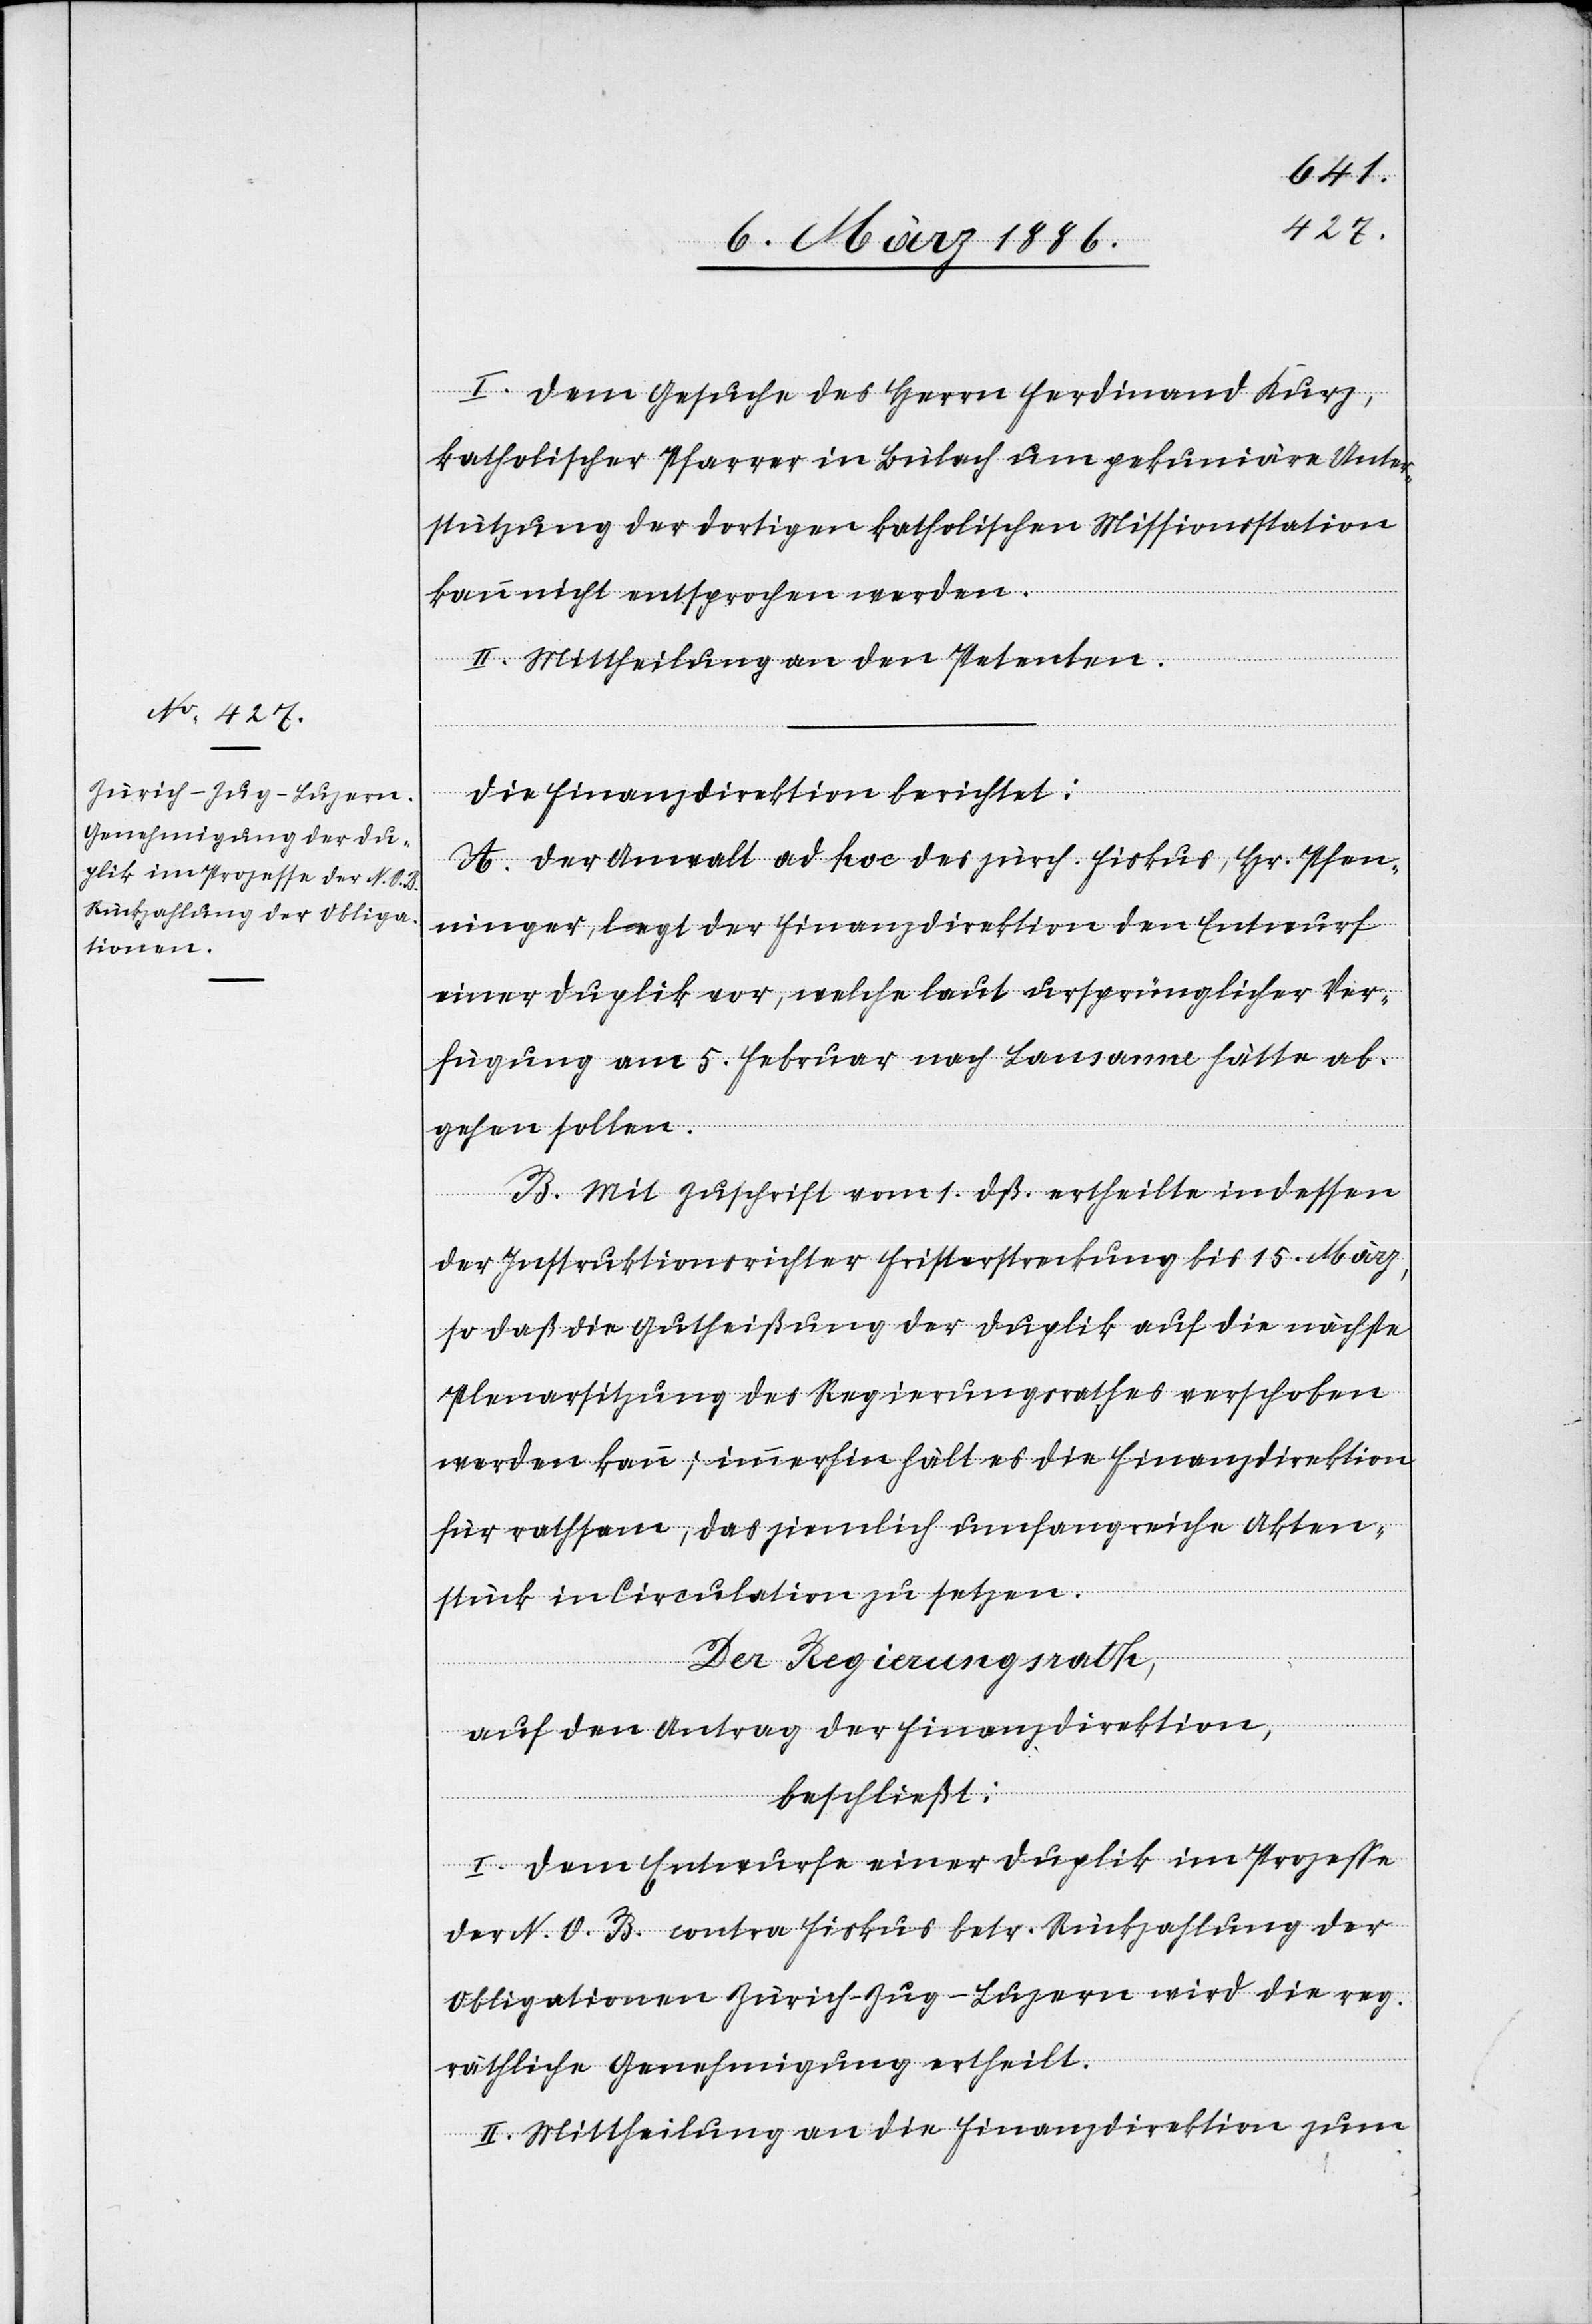
I. Dem Gesuche des Herrn Ferdinand Kurz,
katholischer Pfarrer in Bülach um pekuniäre Unter¬
stützung der dortigen Missionsstation kann nicht entsprochen
II. Mittheilung an den Petenten.
Die Finanzdirektion berichtet:
A. Der Anwalt ad hoc des zürch. Fiskus, Hr. Pfen¬
ninger, legt der Finanzdirektion den Entwurf
einer Duplik vor, welche laut ursprünglicher Ver¬
fügung am 5. Februar nach Lausanne hätte ab¬
gehen sollen.
B. Mit Zuschrift vom 1. dß. ertheilte in dessen
der Instruktionsrichter Fristerstreckung bis 15. März,
so daß die Gutheißung der Duplik auf die nächste
Plenarsitzung des Regierungsrathes verschoben
werden kann; immerhin hält es die Finanzdirektion
für rathsam, das ziemlich umfangreiche Akten¬
stück in Circulation zu setzen.
werden.
Der Regierungsrath,
auf den Antrag der Finanzdirektion
beschließt:
I. Dem Entwurfe einer Duplik im Prozesse
der N. O. B. contra Fiskus betr. Rückzahlung der
Obligationen Zürich–Zug–Luzern wird die reg.
räthliche Genehmigung ertheilt.
II. Mittheilung an die Finanzdirektion zum